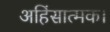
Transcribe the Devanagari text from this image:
अहिंसात्मक।